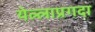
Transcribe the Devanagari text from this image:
येल्लाप्रगदा